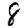
Digit: 8